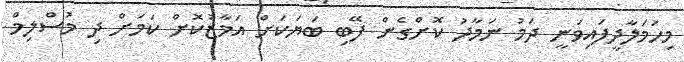
މިހަމަލާދީފައިވަނީ ދަމު ނަމާދު ކޮށްގެން ފޭބި ބަޔަކަށް އަމާޒުކޮށް ކަމަށް ދި މުސްލިމް